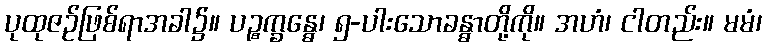
ပုထုဇဉ်ဖြစ်ရာအခါ၌။ ပဉ္စက္ခန္ဓေ၊ ၅-ပါးသောခန္ဓာတို့ကို။ အဟံ၊ ငါတည်း။ မမံ၊